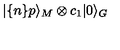
| \{ n \} p \rangle _ { M } \otimes c _ { 1 } | 0 \rangle _ { G }